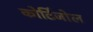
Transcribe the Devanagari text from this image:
कोर्टिजोल